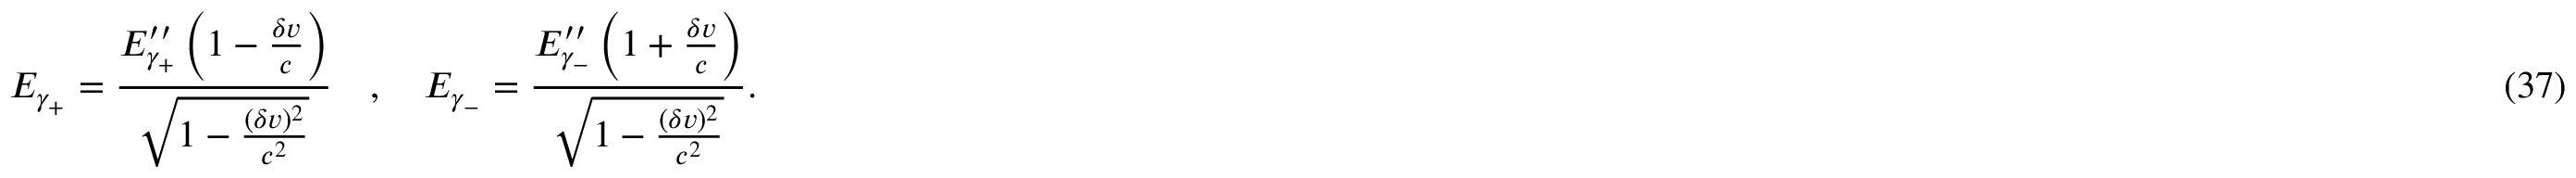
E _ { \gamma _ { + } } = \frac { E _ { \gamma _ { + } } ^ { \prime \prime } \left( 1 - \frac { \delta v } { c } \right) } { \sqrt { 1 - \frac { ( \delta v ) ^ { 2 } } { c ^ { 2 } } } } \quad , \quad E _ { \gamma _ { - } } = \frac { E _ { \gamma _ { - } } ^ { \prime \prime } \left( 1 + \frac { \delta v } { c } \right) } { \sqrt { 1 - \frac { ( \delta v ) ^ { 2 } } { c ^ { 2 } } } } . \eqno ( 3 7 )